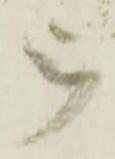
被